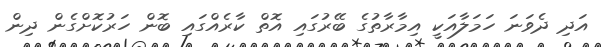
އަދި ދެވަނަ ހަމަލާއަކީ އިމާރާތުގެ ބޭރުގައި އޮތް ކާރެއްގައި ބޮން ހަރުކޮށްގެން ދިން